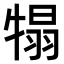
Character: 𤚺